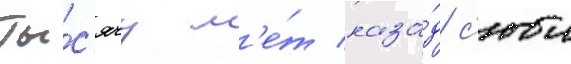
Ты́с'ячу л'е́т наза́д с'юи